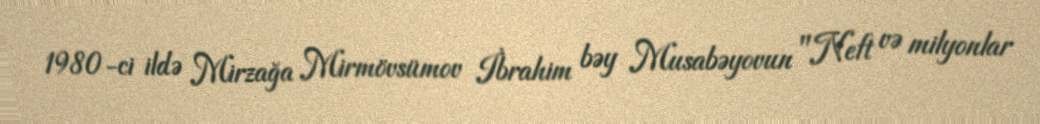
1980-ci ildə Mirzağa Mirmövsümov İbrahim bəy Musabəyovun "Neft və milyonlar